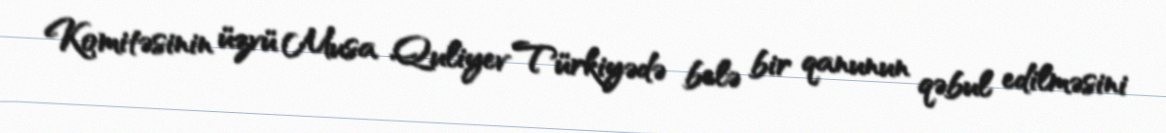
Komitəsinin üzvü Musa Quliyev Türkiyədə belə bir qanunun qəbul edilməsini